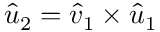
\hat { u } _ { 2 } = \hat { v } _ { 1 } \times \hat { u } _ { 1 }